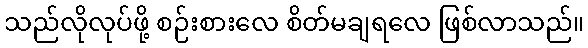
သည်လိုလုပ်ဖို့ စဉ်းစားလေ စိတ်မချရလေ ဖြစ်လာသည်။